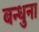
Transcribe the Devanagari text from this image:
बन्धुना